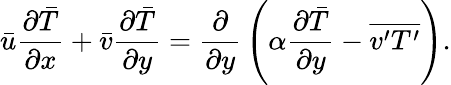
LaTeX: {\bar{u}}{\frac{\partial{\bar{T}}}{\partial x}}+{\bar{v}}{\frac{\partial{\bar{T}}}{\partial y}}={\frac{\partial}{\partial y}}\left(\alpha{\frac{\partial{\bar{T}}}{\partial y}}-{\overline{{v^{\prime}T^{\prime}}}}\right).